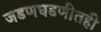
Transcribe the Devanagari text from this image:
जडणघडणीतही